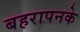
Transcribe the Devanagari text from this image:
बहरापनके